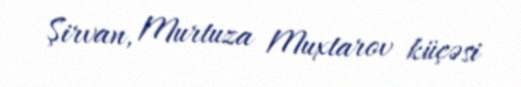
Şirvan, Murtuza Muxtarov küçəsi